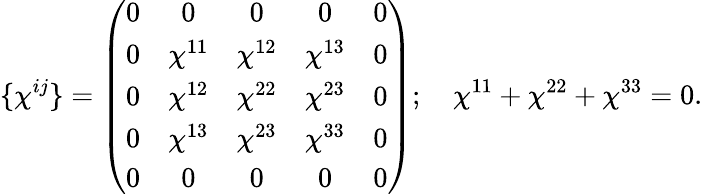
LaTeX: \{ \chi^{ij}\} =\left(\begin{array}{ccccc}{{0}}&{{0}}&{{0}}&{{0}}&{{0}}\\ {{0}}&{{\chi^{11}}}&{{\chi^{12}}}&{{\chi^{13}}}&{{0}}\\ {{0}}&{{\chi^{12}}}&{{\chi^{22}}}&{{\chi^{23}}}&{{0}}\\ {{0}}&{{\chi^{13}}}&{{\chi^{23}}}&{{\chi^{33}}}&{{0}}\\ {{0}}&{{0}}&{{0}}&{{0}}&{{0}}\end{array}\right);~~~~\chi^{11}+\chi^{22}+\chi^{33}=0.